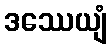
ဒဿေယျံ